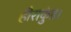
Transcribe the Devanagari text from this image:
हीराकुंड।